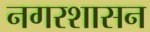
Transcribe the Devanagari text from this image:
नगरशासन